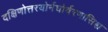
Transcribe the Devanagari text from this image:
दक्षिणोत्तरयोर्नघोर्वरणासिश्च